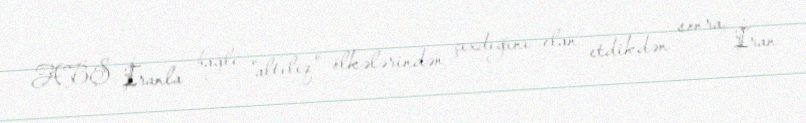
- ABŞ İranla bağlı "altılıq" ölkələrindən çıxdığını elan etdikdən sonra, İran